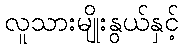
လူသားမျိုးနွယ်နှင့်